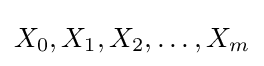
X_{0},X_{1},X_{2},\dots ,X_{m}